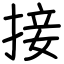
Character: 接